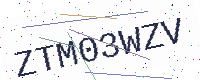
Text: ZTM03WZV